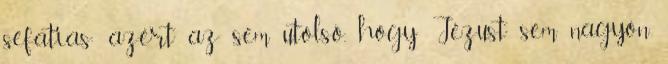
sefatias: azért az sem utolsó, hogy Jézust sem nagyon